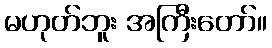
မဟုတ်ဘူး အကြီးတော်။